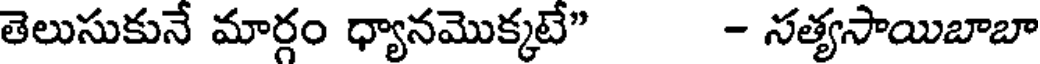
తెలుసుకునే మార్గం ధ్యానమొక్కటే" - సత్యసాయిబాబా